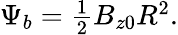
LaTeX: \begin{array}{r}{\Psi_{b}=\frac{1}{2}B_{z0}R^{2}.}\end{array}